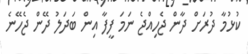
ކުޅުމާ ދުރަށް ދާން ޖެހިއްޖެ ނަމަ ފީފާ އިން ބަދަލު ދޭން ޖެހޭނެ